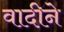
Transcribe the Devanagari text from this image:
वादीने